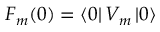
F _ { m } ( 0 ) = \left\langle 0 \right| V _ { m } \left| 0 \right\rangle